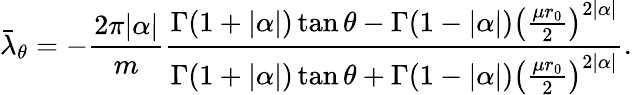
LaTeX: \bar{\lambda}_{\theta}=-\frac{2\pi|\alpha|}{m}\frac{\Gamma(1+|\alpha|)\tan\theta-\Gamma(1-|\alpha|)\left(\frac{\mu r_{0}}{2}\right)^{2|\alpha|}}{\Gamma(1+|\alpha|)\tan\theta+\Gamma(1-|\alpha|)\left(\frac{\mu r_{0}}{2}\right)^{2|\alpha|}}.